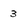
Character: 3